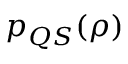
p _ { Q S } ( \rho )